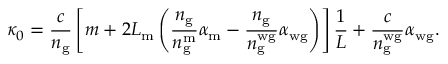
\kappa _ { 0 } = \frac { c } { n _ { \mathrm { g } } } \left[ m + 2 L _ { \mathrm { m } } \left( \frac { n _ { \mathrm { g } } } { n _ { \mathrm { g } } ^ { \mathrm { m } } } \alpha _ { \mathrm { m } } - \frac { n _ { \mathrm { g } } } { n _ { \mathrm { g } } ^ { \mathrm { w g } } } \alpha _ { \mathrm { w g } } \right) \right] \frac { 1 } { L } + \frac { c } { n _ { \mathrm { g } } ^ { \mathrm { w g } } } \alpha _ { \mathrm { w g } } .